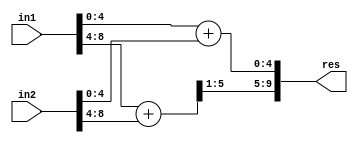
`timescale 1ns / 1ps
//////////////////////////////////////////////////////////////////////////////////
// Company: 
// Engineer: 
// 
// Create Date:    
// Design Name: 
// Module Name:    GeAr_N9_R4_P1 
// Project Name: 
// Target Devices: 
// Tool versions: 
// Description: 
//
// Dependencies: 
//
// Revision: 
// Revision 0.01 - File Created
// Additional Comments: 
//
//////////////////////////////////////////////////////////////////////////////////
module GeAr_N9_R4_P1(
    input [8:0] in1,
    input [8:0] in2,
    output [9:0] res
    );

wire [5:0] temp1,temp2;

assign temp1[5:0] = in1[4:0] + in2[4:0];
assign temp2[5:0] = in1[8:4] + in2[8:4];

assign res[9:0] = {temp2[5:1],temp1[4:0]};

endmodule